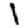
Digit: 1